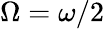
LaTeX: \Omega=\omega/2